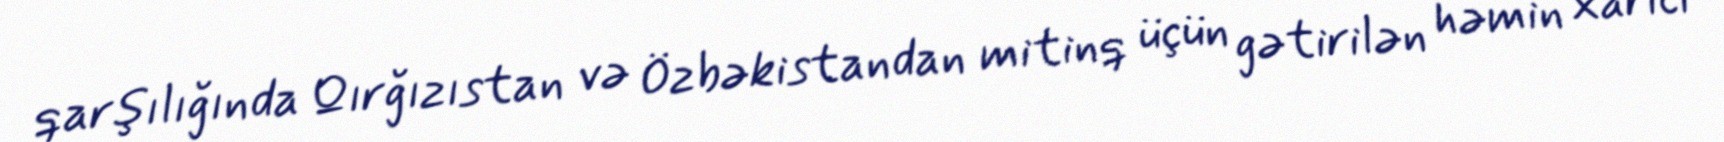
qarşılığında Qırğızıstan və Özbəkistandan mitinq üçün gətirilən həmin xarici